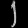
Digit: ၂